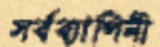
সর্বব্যাপিনী